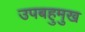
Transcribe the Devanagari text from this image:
उपबहुमुख